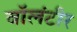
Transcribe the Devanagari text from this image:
वॉलंटीर